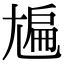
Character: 㞈